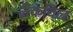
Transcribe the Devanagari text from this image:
लेकविल